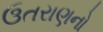
ઉતરાણનો